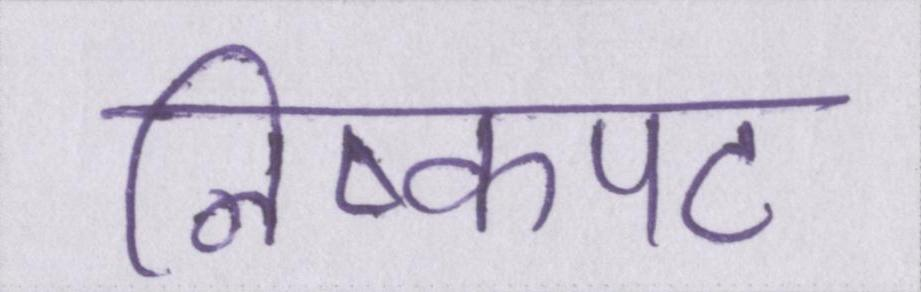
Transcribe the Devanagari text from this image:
निष्कपट